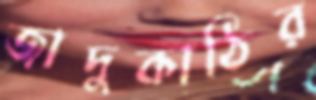
জাদুকাঠির